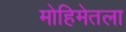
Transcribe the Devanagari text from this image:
मोहिमेतला